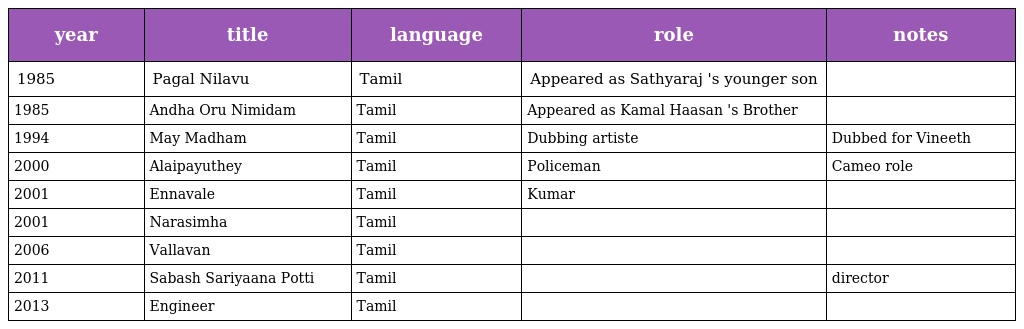
| year | title | language | role | notes |
 | --- | --- | --- | --- | --- |
 | 1985 | Pagal Nilavu | Tamil | Appeared as Sathyaraj 's younger son |  |
 | 1985 | Andha Oru Nimidam | Tamil | Appeared as Kamal Haasan 's Brother |  |
 | 1994 | May Madham | Tamil | Dubbing artiste | Dubbed for Vineeth |
 | 2000 | Alaipayuthey | Tamil | Policeman | Cameo role |
 | 2001 | Ennavale | Tamil | Kumar |  |
 | 2001 | Narasimha | Tamil |  |  |
 | 2006 | Vallavan | Tamil |  |  |
 | 2011 | Sabash Sariyaana Potti | Tamil |  | director |
 | 2013 | Engineer | Tamil |  |  |